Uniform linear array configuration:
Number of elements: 64
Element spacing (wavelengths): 0.25
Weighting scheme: cosine
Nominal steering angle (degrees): -60
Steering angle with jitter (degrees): -58.961
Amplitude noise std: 0.05
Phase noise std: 0.05

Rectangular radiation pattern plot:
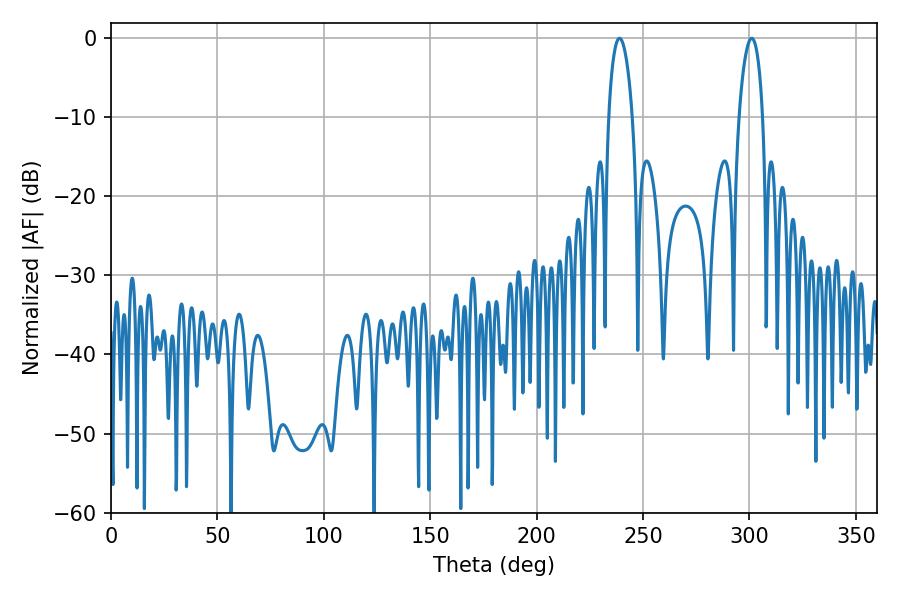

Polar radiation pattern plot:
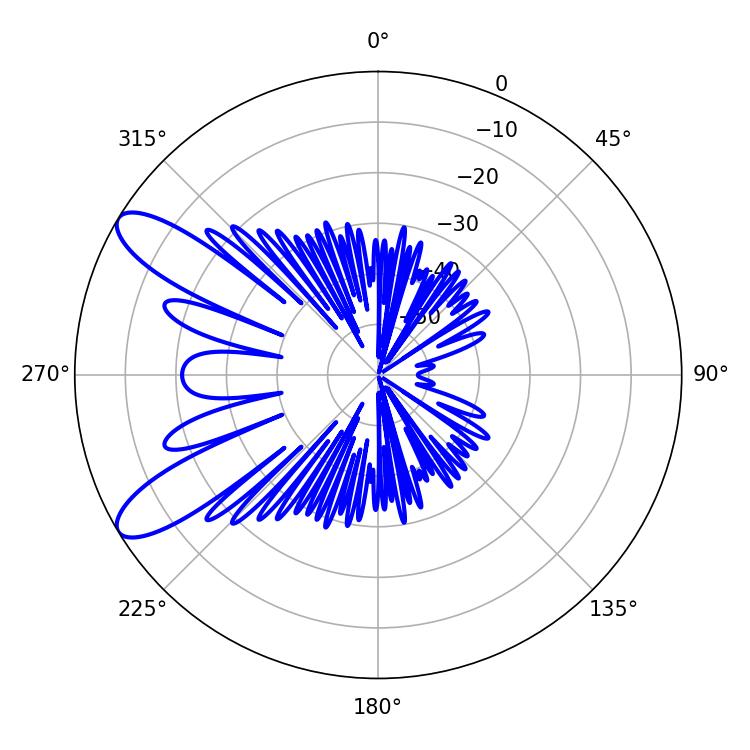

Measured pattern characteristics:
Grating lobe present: FALSE
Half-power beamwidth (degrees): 6.3
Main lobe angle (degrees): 301.14